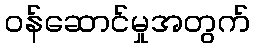
ဝန်ဆောင်မှုအတွက်